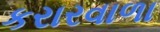
કરારવાળા